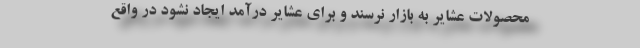
محصولات عشایر به بازار نرسند و برای عشایر درآمد ایجاد نشود در واقع